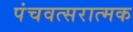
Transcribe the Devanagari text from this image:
पंचवत्सरात्मक